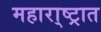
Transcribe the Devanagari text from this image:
महारा्ष्ट्रात